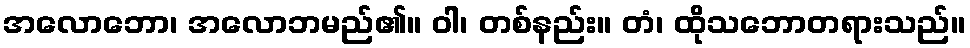
အလောဘော၊ အလောဘမည်၏။ ဝါ၊ တစ်နည်း။ တံ၊ ထိုသဘောတရားသည်။